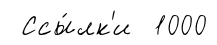
Ссы́лк'и 1000